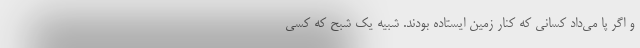
و اگر پا می‌داد کسانی که کنار زمین ایستاده بودند. شبیه یک شبح که کسی